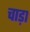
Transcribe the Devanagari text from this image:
चाड़ा